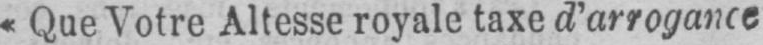
«Que Votre Altesse royale taxe d’arrogance